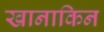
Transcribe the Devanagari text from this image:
खानाकिन